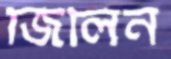
জিলিন